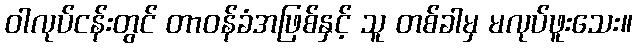
ဝါလုပ်ငန်းတွင် တာဝန်ခံအဖြစ်နှင့် သူ တစ်ခါမှ မလုပ်ဖူးသေး။